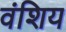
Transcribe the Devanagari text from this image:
वंशिय